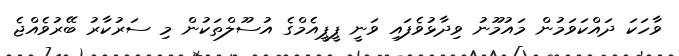
ވާހަކަ ދައްކަވަމުން މައުމޫނު ވިދާޅުވެފައި ވަނީ ޕީޕީއެމްގެ އުސޫލްތަކުން މި ސަރުކާރު ބޭރުވެއްޖެ